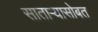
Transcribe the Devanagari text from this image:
सातार्‍यासोबत